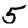
Digit: 5